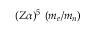
~ ~ ~ ( Z \alpha ) ^ { 5 } ~ ( m _ { e } / m _ { n } )